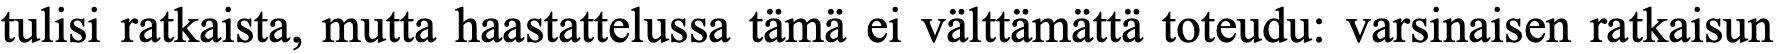
tulisi ratkaista, mutta haastattelussa tämä ei välttämättä toteudu: varsinaisen ratkaisun